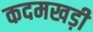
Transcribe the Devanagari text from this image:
कदमखड़ी